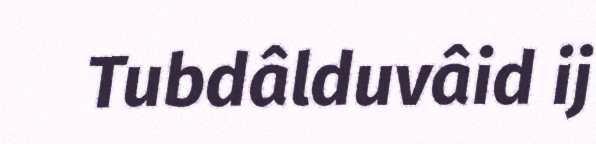
Tubdâlduvâid ij